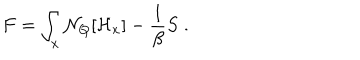
LaTeX: F = \int _ { x } { \cal N } _ { Q } [ { \cal H } _ { x } ] - { \frac { 1 } { \beta } } S \; .